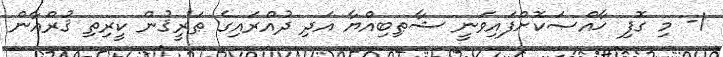
1- މި ގޮފި ޚާއްޞަކޮށްފައިވަނީ ޝާޠިބިއްޔާ އަދި ދުއްރައިގެ ޠަރީޤުން ކީރިތި ޤުރްއާން